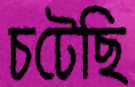
চটেছি